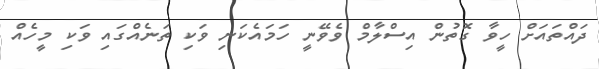
ދައްތައަށް ހީވާ ގޮތުން އިސްލާމް ވެވޭނީ ހަމައެކަނި ވަކި ތަނެއްގައި ވަކި މީހެއް